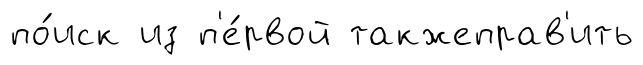
по́иск из п'е́рвой такжеправ'ить